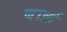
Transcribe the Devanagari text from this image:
बार्क़